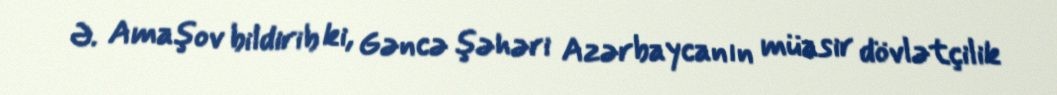
Ə. Amaşov bildirib ki, Gəncə şəhəri Azərbaycanın müasir dövlətçilik